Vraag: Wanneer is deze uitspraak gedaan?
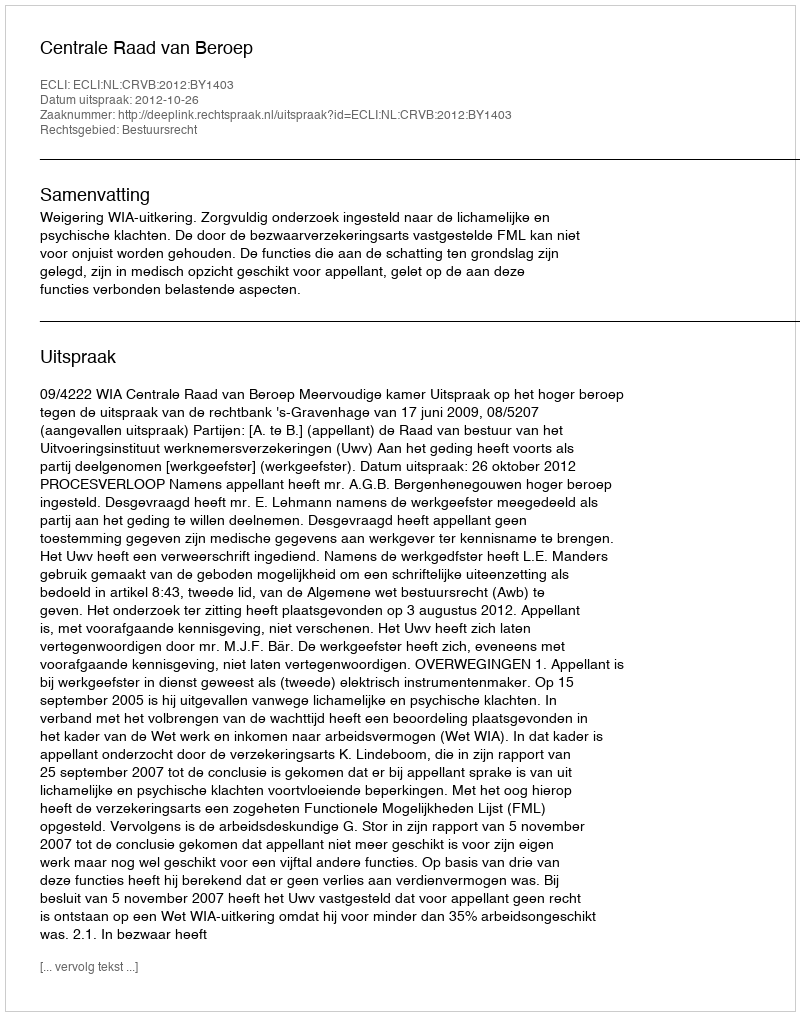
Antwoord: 2012-10-26